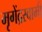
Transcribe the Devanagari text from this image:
मृगेंद्रस्वामी